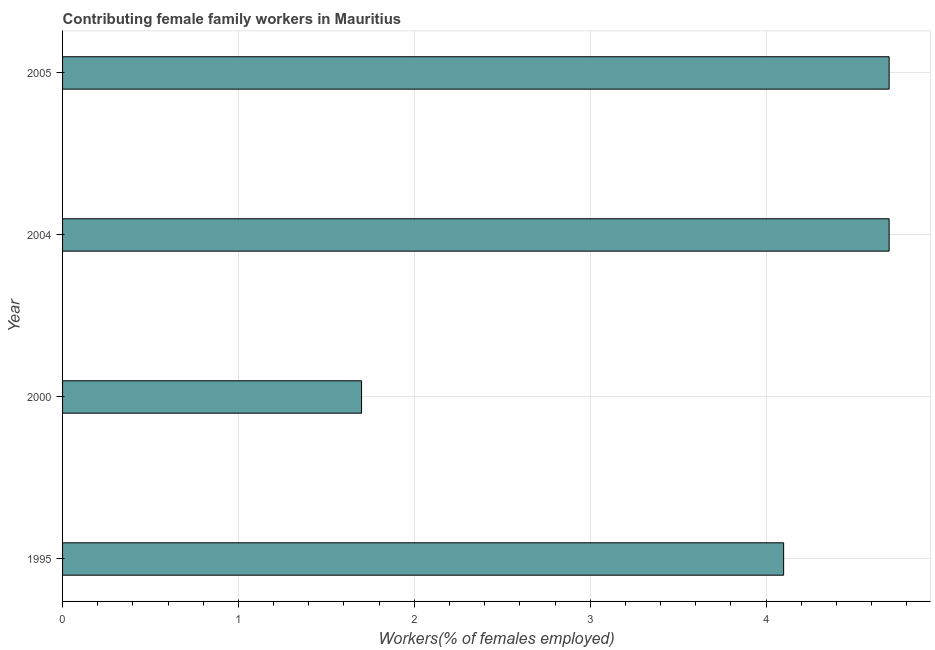
| Year | Contributing family workers |
 | --- | --- |
 | 1995 | 4.1 |
 | 2000 | 1.7 |
 | 2004 | 4.7 |
 | 2005 | 4.7 |